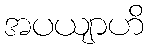
အပယျာဟိ